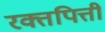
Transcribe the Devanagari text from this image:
रक्तपित्ती